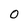
Character: 0